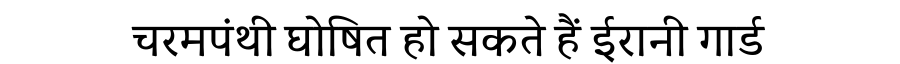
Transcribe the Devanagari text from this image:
चरमपंथी घोषित हो सकते हैं ईरानी गार्ड